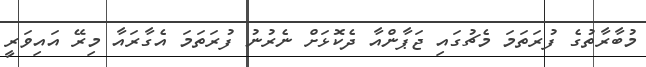
މުބާރާތުގެ ފުރަތަމަ މެޗުގައި ޖަޕާންއާ ދެކޮޅަށް ނެރުނު ފުރަތަމަ އެގާރައާ މިރޭ އައިވަރީ